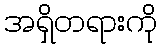
အရှိတရားကို